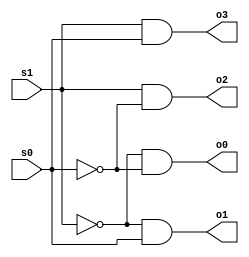
module DecoderMod( s1, s0, o0, o1, o2, o3);  // module definition
 
   input s1, s0;
   output o0, o1, o2, o3;
   wire s1_inv, s0_inv; 	
   
   not(s1_inv, s1);			// using bit pattern counting
   not(s0_inv, s0); 
     
   and(o0, s1_inv, s0_inv);
   and(o1, s1_inv, s0);
   and(o2, s1, s0_inv);
   and(o3, s1, s0);
   
    
endmodule